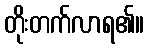
တိုးတက်လာရ၏။